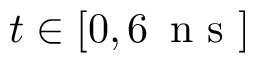
t \in [ 0 , 6 \, \mathrm { ~ n ~ s ~ } ]